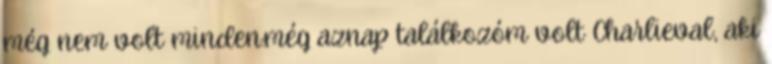
még nem volt minden.még aznap találkozóm volt Charlieval, aki